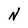
Character: N